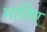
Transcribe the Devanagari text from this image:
मातिए